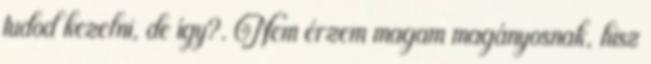
tudod kezelni, de így?. Nem érzem magam magányosnak, hisz